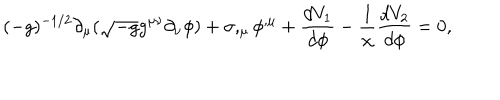
LaTeX: ( - g ) ^ { - 1 / 2 } \partial _ { \mu } ( \sqrt { - g } g ^ { \mu \nu } \partial _ { \nu } \phi ) + \sigma , _ { \mu } \phi ^ { , \mu } + \frac { d V _ { 1 } } { d \phi } - \frac { 1 } { \chi } \frac { d V _ { 2 } } { d \phi } = 0 ,